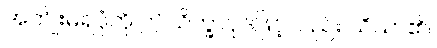
အကျိုးမရပုံကို ဤသိက္ခာပုဒ်ဖြင့်လည်း သိသာ၏။